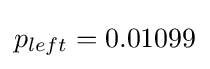
p_{left}=0.01099